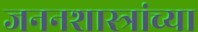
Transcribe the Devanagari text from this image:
जननशास्त्रांच्या